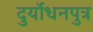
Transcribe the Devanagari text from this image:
दुर्योधनपुत्र